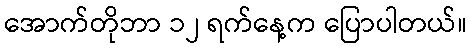
အောက်တိုဘာ ၁၂ ရက်နေ့က ပြောပါတယ်။